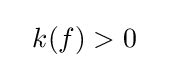
~~k(f)>0~~